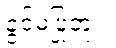
ခွင့်မပြုဘူး။